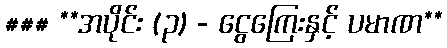
### **အပိုင်း (၃) - ငွေကြေးနှင့် ပမာဏ**